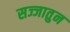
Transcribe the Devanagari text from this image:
सज्जातुन